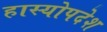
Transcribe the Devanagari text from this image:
हास्योपदेश